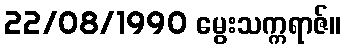
22/08/1990 မွေးသက္ကရာဇ်။